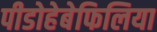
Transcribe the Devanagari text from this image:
पीडोहेबेफिलिया